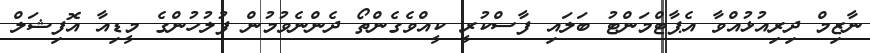
ނާޒިމް ދިރިއުޅުއްވާ އެޕާޓްމަންޓު ބަލައި ފާސްކުރީ ކީއްވެގެންތޯ ދެންނެވުމުން ފުލުހުންގެ މީޑިއާ އޮފިޝަލް